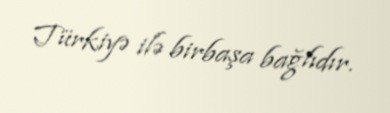
Türkiyə ilə birbaşa bağlıdır.